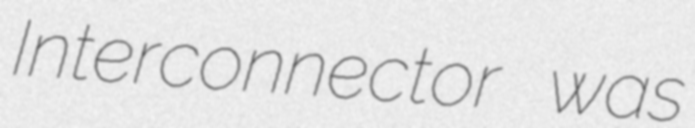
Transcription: Interconnector was